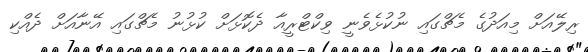
ރިލޭއަށް މިއަދުގެ މެޗްގައި ނުކުޅެވެނީ ވިކްޓްރީއާ ދެކޮޅަށް ކުޅުނު މެޗްގައި އޭނާއަށް ދެއްކި